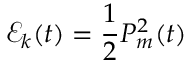
\mathcal { E } _ { k } ( t ) = \frac { 1 } { 2 } P _ { m } ^ { 2 } ( t )